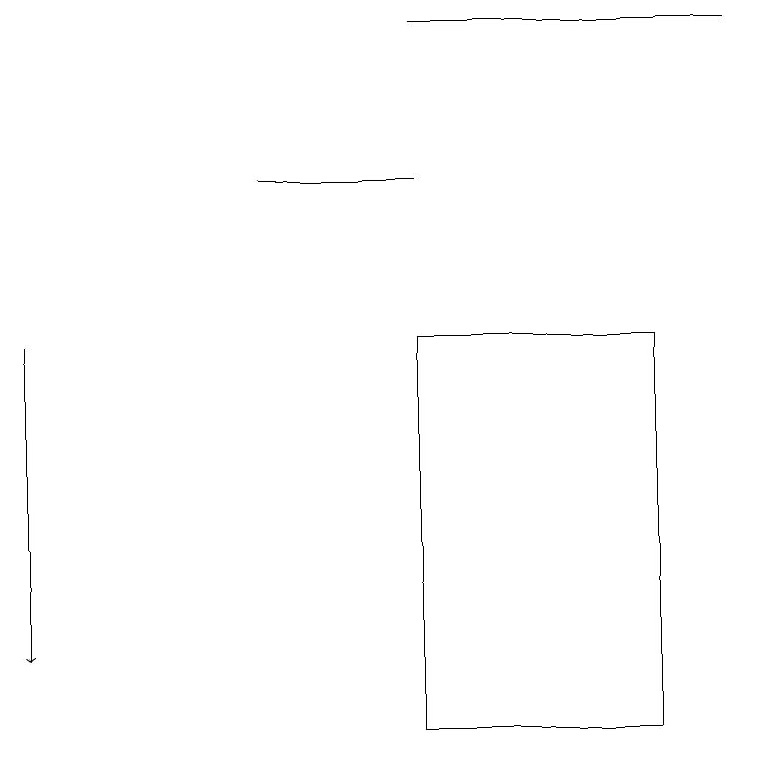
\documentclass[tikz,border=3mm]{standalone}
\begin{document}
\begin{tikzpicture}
\draw (5,19) rectangle (9,19);
\draw (3,17) rectangle (5,17);
\draw[->] (0,15) -- (0,11);
\draw (8,15) rectangle (5,10);
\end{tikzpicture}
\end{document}